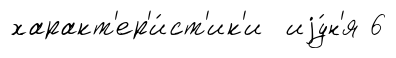
характ'ер'и́ст'ик'и иjу́н'я 6